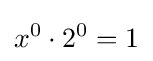
x^{0}\cdot 2^{0}=1